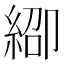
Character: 𬗞